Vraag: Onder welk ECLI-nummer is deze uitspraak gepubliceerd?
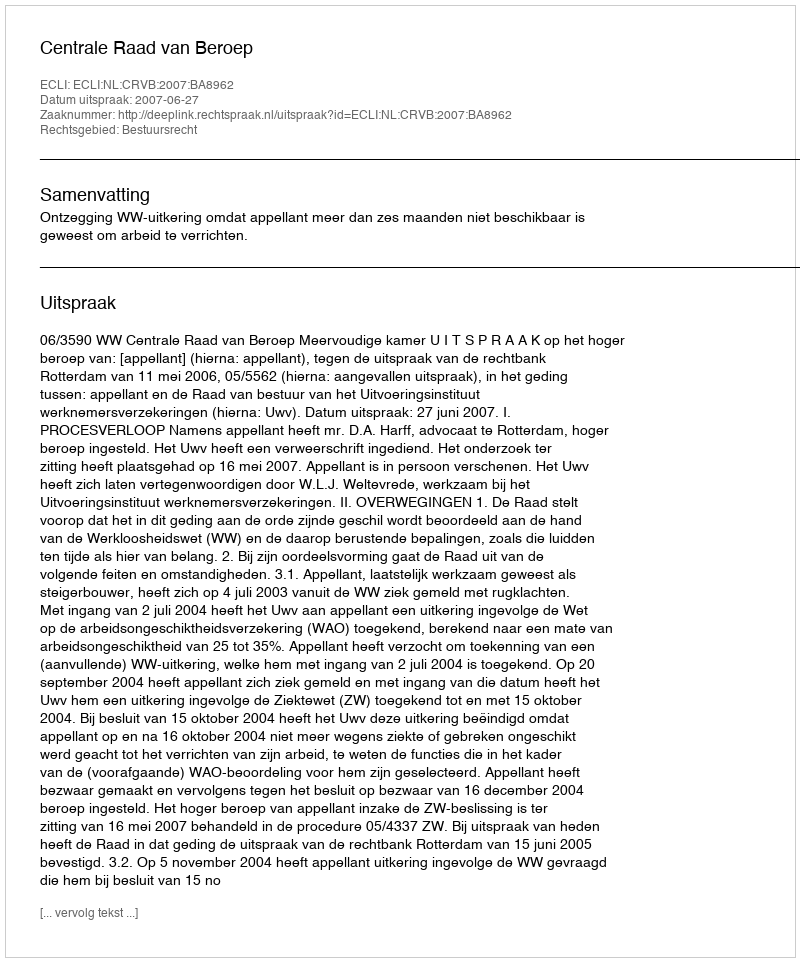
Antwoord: ECLI:NL:CRVB:2007:BA8962